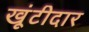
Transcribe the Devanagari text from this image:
खूंटीदार